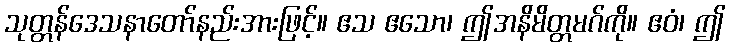
သုတ္တန်ဒေသနာတော်နည်းအားဖြင့်။ ဧသ ဧသော၊ ဤအနိမိတ္တမဂ်ကို။ ဧဝံ၊ ဤ